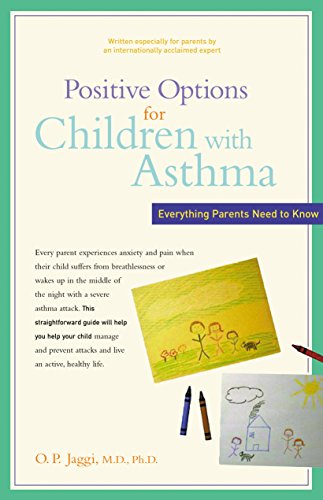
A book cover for Positive Options for Children with Asthma: Everything Parents Need to Know (Positive Options for Health); M.D. O. P. Jaggi M.D.  Ph.D.; Health, Fitness & Dieting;